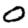
Digit: 0